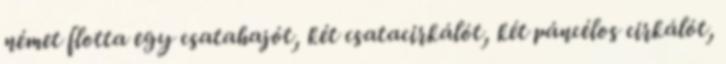
német flotta egy csatahajót, két csatacirkálót, két páncélos cirkálót,